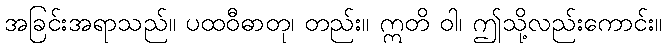
အခြင်းအရာသည်။ ပထဝီဓာတု၊ တည်း။ ဣတိ ဝါ၊ ဤသို့လည်းကောင်း။